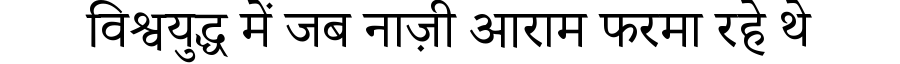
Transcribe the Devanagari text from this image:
विश्वयुद्ध में जब नाज़ी आराम फरमा रहे थे